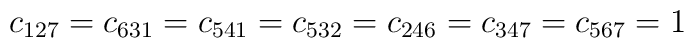
c_{127}=c_{631}=c_{541}=c_{532}=c_{246}=c_{347}=c_{567}=1